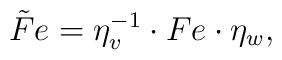
\tilde Fe=\eta_v^{-1}\cdot Fe\cdot\eta_w,